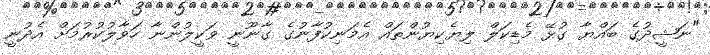
"ނަޝީދުގެ ބައްޔާ ގުޅޭ މެޑިކަލް ލިޔެކިޔުންތައް އެމަނިކުފާނުގެ ގާނޫނީ ވަކީލުންނާ ހަވާލުކުރުމަށް އެދުނީ